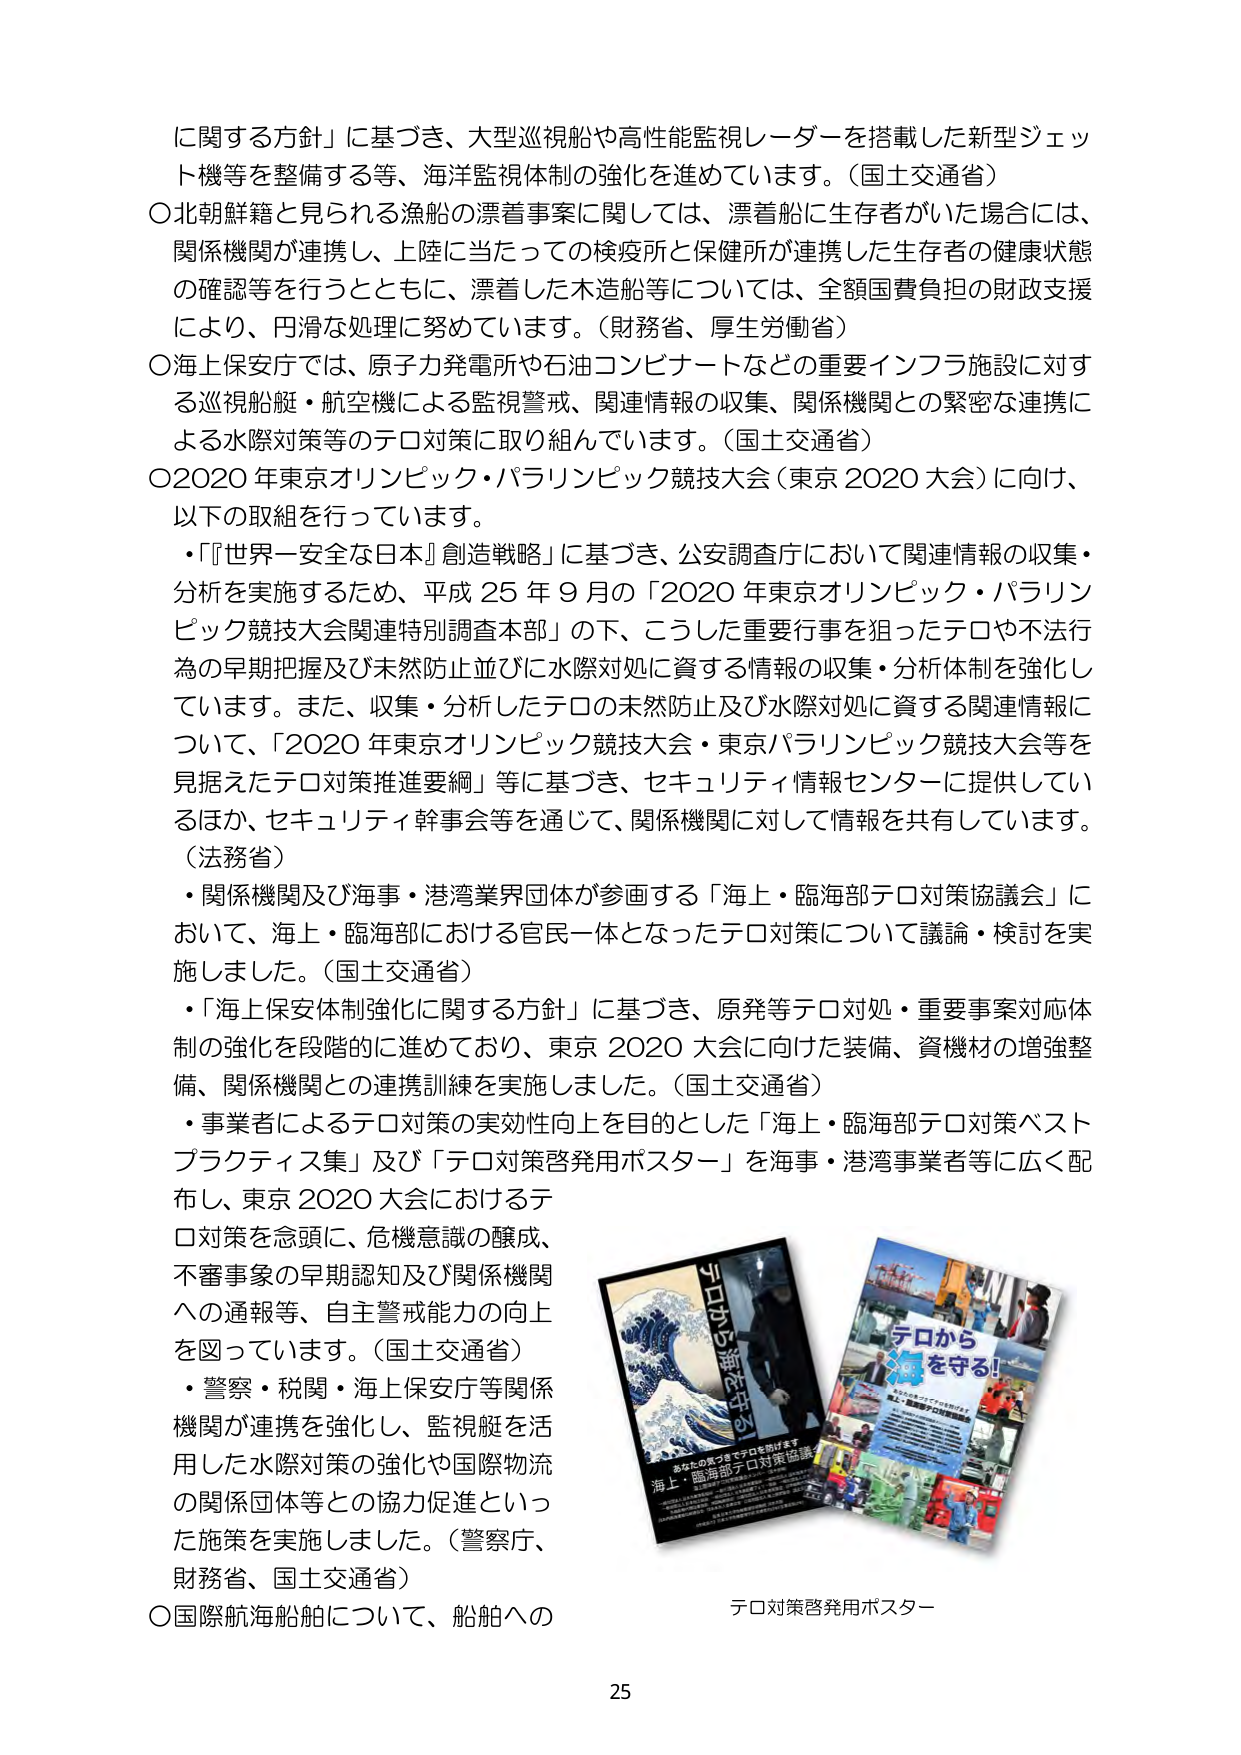
に関する方針」に基づき、大型巡視船や高性能監視レーダーを搭載した新型ジェット機等を整備する等、海洋監視体制の強化を進めています。（国土交通省）
○北朝鮮籍と見られる漁船の漂着事案に関しては、漂着船に生存者がいた場合には、関係機関が連携し、上陸に当たっての検疫所と保健所が連携した生存者の健康状態の確認等を行うとともに、漂着した木造船等については、全額国費負担の財政支援により、円滑な処理に努めています。（財務省、厚生労働省）
○海上保安庁では、原子力発電所や石油コンビナートなどの重要インフラ施設に対する巡視船艇・航空機による監視警戒、関連情報の収集、関係機関との緊密な連携による水際対策等のテロ対策に取り組んでいます。（国土交通省）
○2020年東京オリンピック・パラリンピック競技大会（東京2020大会）に向け、以下の取組を行っています。
・『世界一安全な日本』創造戦略」に基づき、公安調査庁において関連情報の収集・分析を実施するため、平成25年9月の「2020年東京オリンピック・パラリンピック競技大会関連特別調査本部」の下、こうした重要行事を狙ったテロや不法行為の早期把握及び未然防止並びに水際対処に資する情報の収集・分析体制を強化しています。また、収集・分析したテロの未然防止及び水際対処に資する関連情報について、「2020年東京オリンピック競技大会・東京パラリンピック競技大会等を見据えたテロ対策推進要綱」等に基づき、セキュリティ情報センターに提供しているほか、セキュリティ幹事会等を通じて、関係機関に対して情報を共有しています。（法務省）
・関係機関及び海事・港湾業界団体が参画する「海上・臨海部テロ対策協議会」において、海上・臨海部における官民一体となったテロ対策について議論・検討を実施しました。（国土交通省）
・「海上保安体制強化に関する方針」に基づき、原発等テロ対処・重要事案対応体制の強化を段階的に進めており、東京2020大会に向けた装備、資機材の増強整備、関係機関との連携訓練を実施しました。（国土交通省）
・事業者によるテロ対策の実効性向上を目的とした「海上・臨海部テロ対策ベストプラクティス集」及び「テロ対策啓発用ポスター」を海事・港湾事業者等に広く配布し、東京2020大会におけるテロ対策を念頭に、危機意識の醸成、不審事象の早期認知及び関係機関への通報等、自主警戒能力の向上を図っています。（国土交通省）
・警察・税関・海上保安庁等関係機関が連携を強化し、監視艇を活用した水際対策の強化や国際物流の関係団体等との協力促進といった施策を実施しました。（警察庁、財務省、国土交通省）
○国際航海船舶について、船舶への

テロ対策啓発用ポスター

25